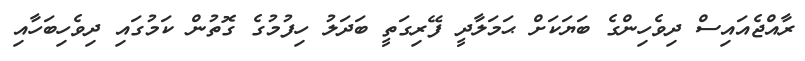
ރާއްޖެއައިސް ދިވެހިންގެ ބަޔަކަށް ޙަމަލާދީ ފޭރިގަތީ ބަދަލު ހިފުމުގެ ގޮތުން ކަމުގައި ދިވެހިބަހާއި